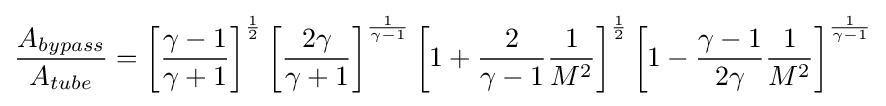
{\frac {A_{bypass}}{A_{tube}}}=\left[{\frac {\gamma -1}{\gamma +1}}\right]^{\frac {1}{2}}\left[{\frac {2\gamma }{\gamma +1}}\right]^{\frac {1}{\gamma -1}}\left[1+{\frac {2}{\gamma -1}}{\frac {1}{M^{2}}}\right]^{\frac {1}{2}}\left[1-{\frac {\gamma -1}{2\gamma }}{\frac {1}{M^{2}}}\right]^{\frac {1}{\gamma -1}}